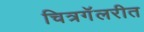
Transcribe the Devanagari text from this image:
चित्रगॅलरीत